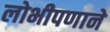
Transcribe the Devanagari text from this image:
लोभीपणाने